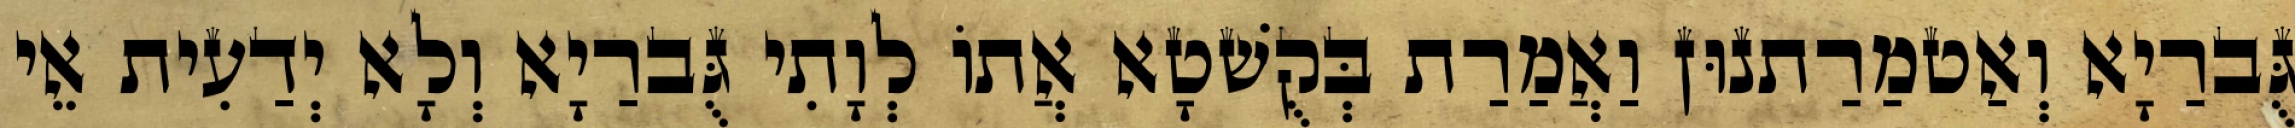
גֻּברַיָא וְאַטמַרַתנוּן וַאֲמַרַת בְּקֻשׁטָא אֲתוֹ לְוָתִי גֻּברַיָא וְלָא יְדַעִית אֵי